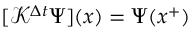
[ \mathcal { K } ^ { \Delta t } \Psi ] ( x ) = \Psi ( x ^ { + } )